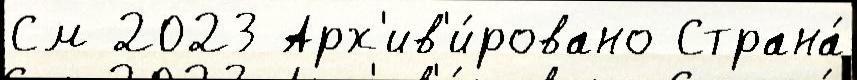
См 2023 Арх'ив'и́ровано Страна́